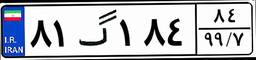
۸۱گ۱۸۴۸۴